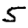
Digit: 5